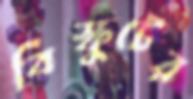
বিস্কুটের